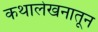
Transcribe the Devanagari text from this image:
कथालेखनातून